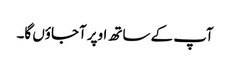
آپ کے ساتھ اوپر آجاؤں گا۔